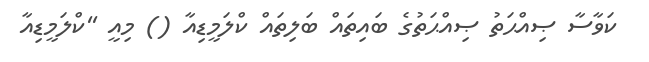
ކަވާސާ ޞިއްޙަތު ޞިއްޙަތުގެ ބައިތައް ބަލިތައް ކްލަމީޑިއާ () މިއީ ''ކްލަމީޑިއާ